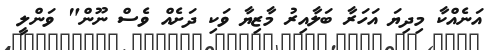
އަނެއްކާ މިދިޔަ އަހަރާ ބަލާއިރު މާޒިޔާ ވަކި ދަށެއް ވެސް ނޫން" ވަންލީ